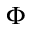
\Phi